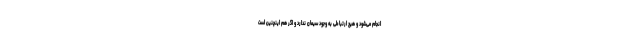
انجام می‌شود و هیچ ارتباطی به وجود سیمان ندارد و اگر هم اینچنین است